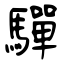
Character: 驒